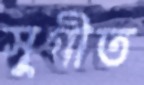
সুগীত